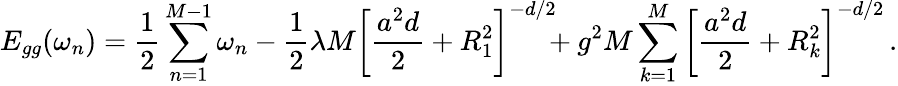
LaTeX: E_{gg}(\omega_{n})={\frac{1}{2}}\sum_{n=1}^{M-1}\omega_{n}-{\frac{1}{2}}\lambda M\left[{\frac{a^{2}d}{2}}+R_{1}^{2}\right]^{-d/2}\! \! \! +g^{2}M\sum_{k=1}^{M}\left[{\frac{a^{2}d}{2}}+R_{k}^{2}\right]^{-d/2}\, .